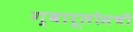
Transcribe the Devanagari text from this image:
ग्वारूलोसची